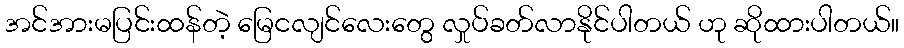
အင်အားမပြင်းထန်တဲ့ မြေငလျင်လေးတွေ လှုပ်ခတ်လာနိုင်ပါတယ် ဟု ဆိုထားပါတယ်။